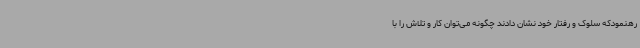
رهنمودکه سلوک و رفتار خود نشان دادند چگونه می‌توان کار و تلاش را با